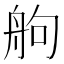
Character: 䑦